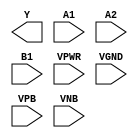
/**
 * Copyright 2020 The SkyWater PDK Authors
 *
 * Licensed under the Apache License, Version 2.0 (the "License");
 * you may not use this file except in compliance with the License.
 * You may obtain a copy of the License at
 *
 *     https://www.apache.org/licenses/LICENSE-2.0
 *
 * Unless required by applicable law or agreed to in writing, software
 * distributed under the License is distributed on an "AS IS" BASIS,
 * WITHOUT WARRANTIES OR CONDITIONS OF ANY KIND, either express or implied.
 * See the License for the specific language governing permissions and
 * limitations under the License.
 *
 * SPDX-License-Identifier: Apache-2.0
 */

`ifndef SKY130_FD_SC_MS__A21OI_PP_BLACKBOX_V
`define SKY130_FD_SC_MS__A21OI_PP_BLACKBOX_V

/**
 * a21oi: 2-input AND into first input of 2-input NOR.
 *
 *        Y = !((A1 & A2) | B1)
 *
 * Verilog stub definition (black box with power pins).
 *
 * WARNING: This file is autogenerated, do not modify directly!
 */

`timescale 1ns / 1ps
`default_nettype none

(* blackbox *)
module sky130_fd_sc_ms__a21oi (
    Y   ,
    A1  ,
    A2  ,
    B1  ,
    VPWR,
    VGND,
    VPB ,
    VNB
);

    output Y   ;
    input  A1  ;
    input  A2  ;
    input  B1  ;
    input  VPWR;
    input  VGND;
    input  VPB ;
    input  VNB ;
endmodule

`default_nettype wire
`endif  // SKY130_FD_SC_MS__A21OI_PP_BLACKBOX_V